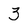
Character: 3